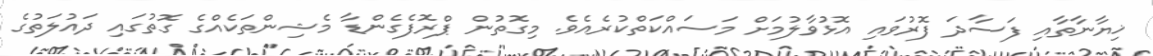
ޚިޔާނާތާއި ފަސާދަ ފޮރުވައި އޮޅުވާލުމަށް މަސައްކަތްކުރެއެވެ. މިގޮތުން ޕްރޮފެގެންޑާ މެޝިންތަކެއްގެ ގޮތުގައި ދައުލަތުގެ